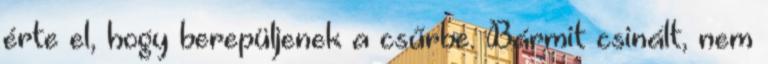
érte el, hogy berepüljenek a csűrbe. Bármit csinált, nem